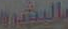
بالبشره